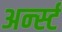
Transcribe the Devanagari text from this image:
अर्न्‍स्ट